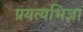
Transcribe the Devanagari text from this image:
प्रयत्यभिज्ञा